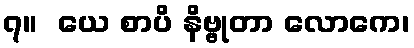
၇။  ယေ စာပိ နိဗ္ဗုတာ လောကေ၊